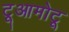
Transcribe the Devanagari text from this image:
टूआमोटू